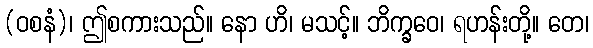
(ဝစနံ)၊ ဤစကားသည်။ နော ဟိ၊ မသင့်။ ဘိက္ခဝေ၊ ရဟန်းတို့။ တေ၊